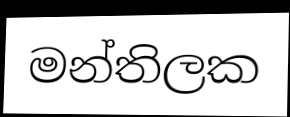
මන්තිලක